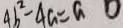
4 b ^ { 2 } - 4 a = a 0